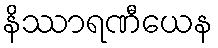
နိဿာရဏီယေန